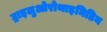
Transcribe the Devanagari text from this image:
ट्राइलुओरोथाइमिडिन